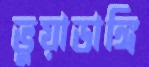
ভুয়াডাঙ্গি